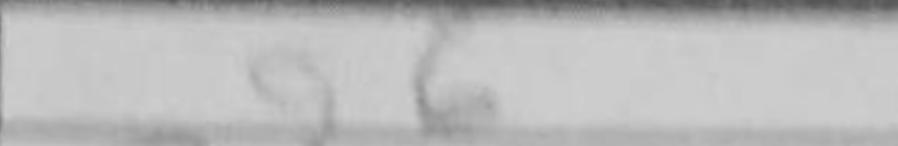
Transcription: g6